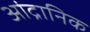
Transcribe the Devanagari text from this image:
आंद्रानिक